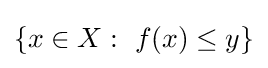
\{x\in X:~f(x)\leq y\}